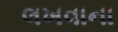
લખવાના